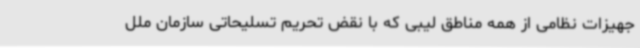
جهیزات نظامی از همه مناطق لیبی که با نقض تحریم تسلیحاتی سازمان ملل